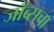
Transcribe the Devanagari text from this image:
जॉब्सचा